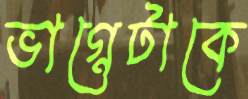
ভাগ্নেটাকে